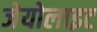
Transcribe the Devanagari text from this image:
जेयोलाइट